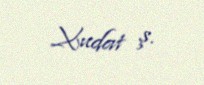
Xudat ş.